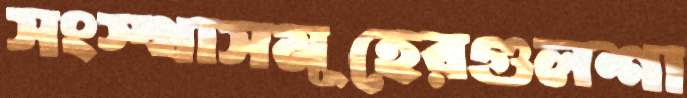
সংস্থাসমূহেরগুলশা